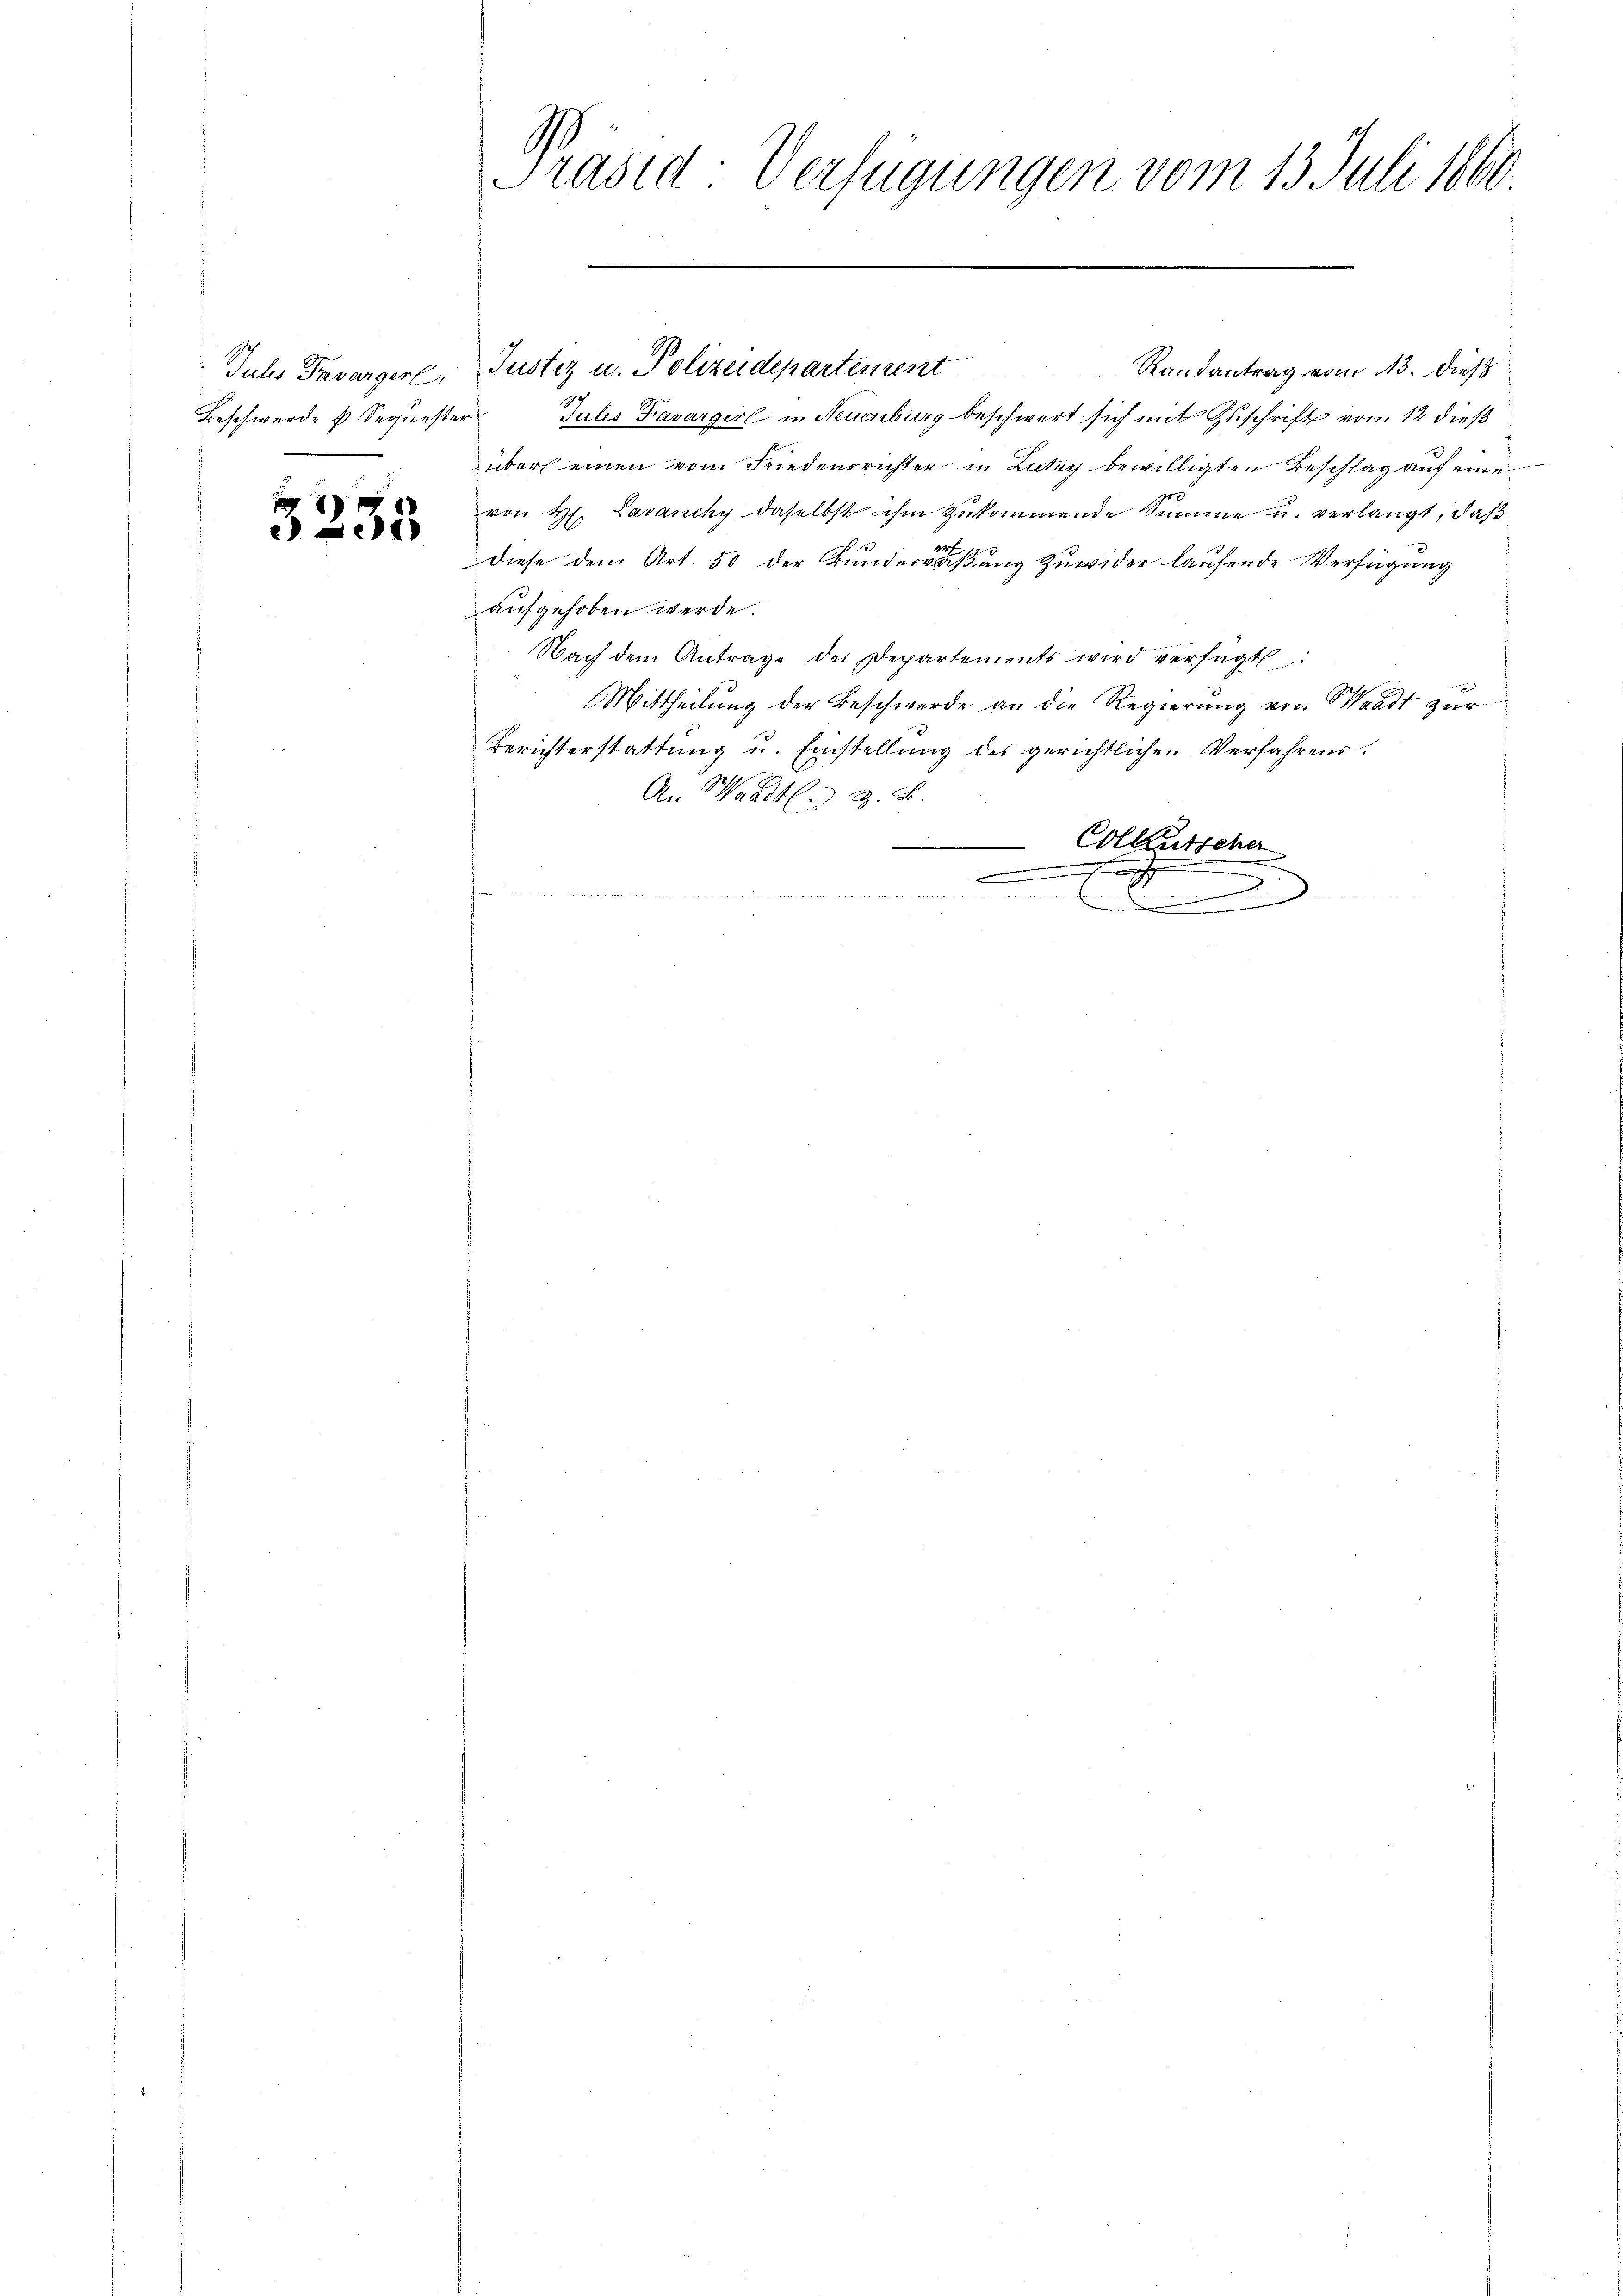
Jules Favargerl
Beschwerde u Sequester
n

i
233

Präsid-Verfügungen vom 13. Juli 1860

Randantrag vom 13. dieß
Jules Favargerl in Neuenburg beschwert sich mit Zuschrift vom 12 dieß
über einen vom Friedensrichter in Luteg bewilligten Beschlag auf eine
von H. Lavanchy daselbst ihm zukommende Summe u. verlangt, daß
diese dem Art. 50 der Bundermaßung zuwider laufende Verfügung
aufgehoben werde.
Nach dem Antrage des Departements wird verfügt:
Mittheilung der Beschwerde an die Regierung von Waadt zur
Berichterstattung u. Einstellung des gerichtlichen Verfahrens.
An Waadt. z. B.
Colleutscher

.
.

Justiz u. Polizeidepartement